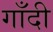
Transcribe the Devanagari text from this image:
गाँदी